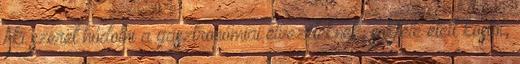
Aki szeret hódolni a gasztronómiai élvezeteknek, sokféle ételt kóstol,